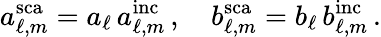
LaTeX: a_{\ell,m}^{\mathrm{sca}}=a_{\ell}\, a_{\ell,m}^{\mathrm{inc}}\, ,\quad b_{\ell,m}^{\mathrm{sca}}=b_{\ell}\, b_{\ell,m}^{\mathrm{inc}}\, .